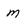
Character: m